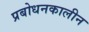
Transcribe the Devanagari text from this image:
प्रबोधनकालीन